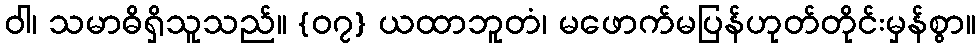
ဝါ၊ သမာဓိရှိသူသည်။ {၀၇} ယထာဘူတံ၊ မဖောက်မပြန်ဟုတ်တိုင်းမှန်စွာ။